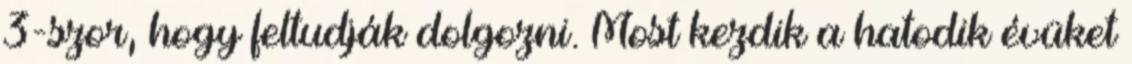
3-szor, hogy feltudják dolgozni. Most kezdik a hatodik évüket